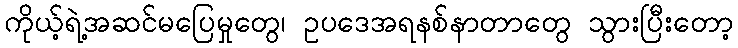
ကိုယ့်ရဲ့အဆင်မပြေမှုတွေ၊ ဥပဒေအရနစ်နာတာတွေ သွားပြီးတော့